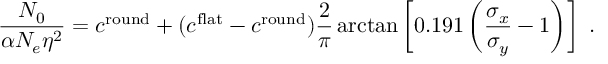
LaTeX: { \frac { N _ { 0 } } { \alpha N _ { e } \eta ^ { 2 } } } = c ^ { \mathrm { r o u n d } } + ( c ^ { \mathrm { f l a t } } - c ^ { \mathrm { r o u n d } } ) { \frac { 2 } { \pi } } \arctan \left[ 0 . 1 9 1 \left( { \frac { \sigma _ { x } } { \sigma _ { y } } } - 1 \right) \right] \ .